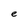
Character: e